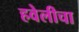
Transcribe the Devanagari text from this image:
हवेलीचा